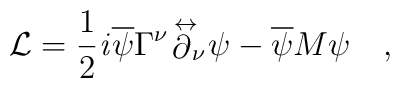
{\cal L} = \frac{1}{2}{\it i}\overline{\psi}{\Gamma}^{\nu}\hspace{-.15cm}\stackrel{\;\leftrightarrow}{\partial}_{\!\nu}\hspace{-.1cm}{\psi}-\overline{\psi}M{\psi}\quad ,